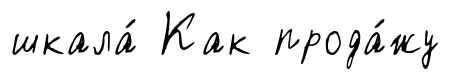
шкала́ Как прода́жу